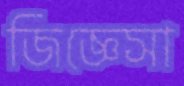
জিজ্ঞেসা